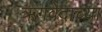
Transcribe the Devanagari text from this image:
ऋगवेदाच्या